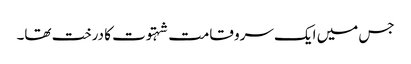
جس میں ایک سرو قامت شہتوت کا درخت تھا۔